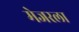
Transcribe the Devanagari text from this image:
मेजरला